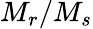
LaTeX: M_{r}/M_{s}